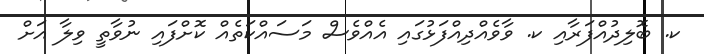
ކ. ބޮލިދުއްފަރާއި ކ. ވާވެއްދިއްފަޅުގައި އެއްވެސް މަސައްކަތެއް ކޮށްފައި ނުވާތީ ވިލާ އަށް